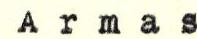
Armas